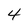
Character: 4